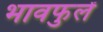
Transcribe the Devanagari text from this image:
भावफुलें